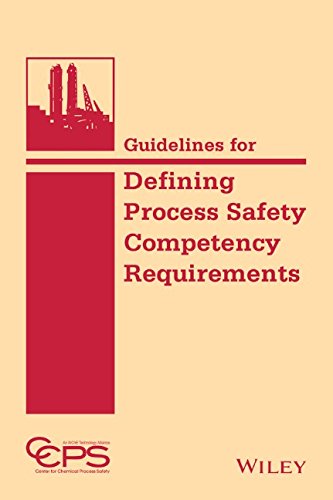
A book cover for Guidelines for Defining Process Safety Competency Requirements; CCPS (Center for Chemical Process Safety); Science & Math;